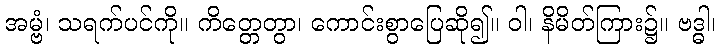
အမ္ဗံ၊ သရက်ပင်ကို။ ကိတ္တေတွာ၊ ကောင်းစွာပြေဆို၍။ ဝါ၊ နိမိတ်ကြား၌။ ဗဒ္ဓါ၊